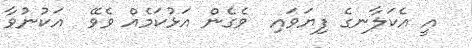
އީ އެކަލާނގެ ފިޔަވައި  ވެގެން އަޅުކަމެއް ވެވޭ  އަކުނުވާ